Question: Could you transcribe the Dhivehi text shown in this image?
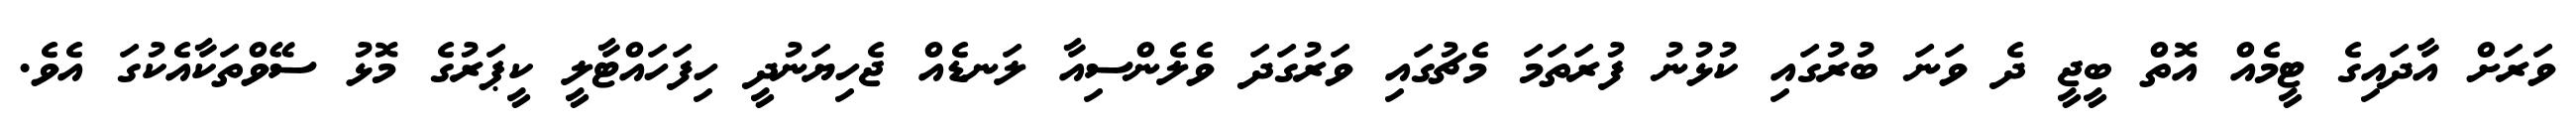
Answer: ވަރަށް އާދައިގެ ޓީމެއް އޮތް ބީޖީ ދެ ވަނަ ބުރުގައި ކުޅުނު ފުރަތަމަ މެޗުގައި ވަރުގަދަ ވެލެންސިއާ ލަނޑެއް ޖެހިޔަނުދީ ހިފަހައްޓާލީ ކީޕަރުގެ މޮޅު ސޭވްތަކާއެކުގަ އެވެ.